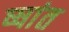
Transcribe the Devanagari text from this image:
ष्षांत